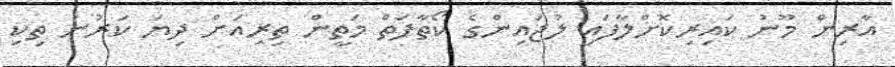
އާރިން މޫނު ކައިރިކޮށްލާފައި ލުޖައިންގެ ކޯތާފަތް މަތީން ތިރިއަށް ދިޔަ ކަރުނަ ތިކި